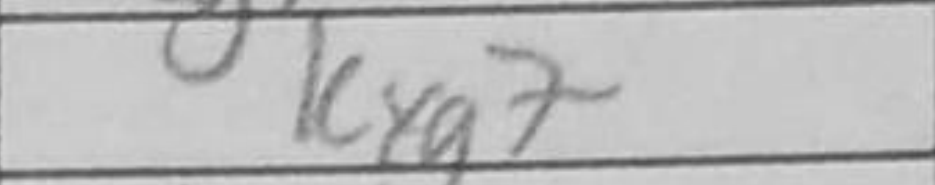
Transcription: Kxg7